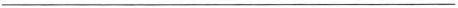
___